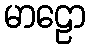
မာဠော